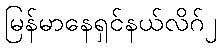
မြန်မာနေရှင်နယ်လိဂ်၂